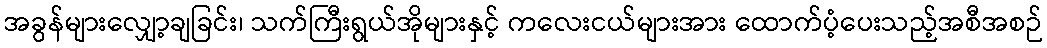
အခွန်များလျှော့ချခြင်း၊ သက်ကြီးရွယ်အိုများနှင့် ကလေးငယ်များအား ထောက်ပံ့ပေးသည့်အစီအစဉ်